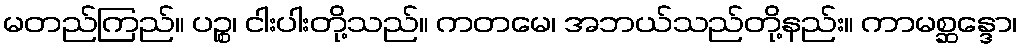
မတည်ကြည်။ ပဉ္စ၊ ငါးပါးတို့သည်။ ကတမေ၊ အဘယ်သည်တို့နည်း။ ကာမစ္ဆန္ဒော၊